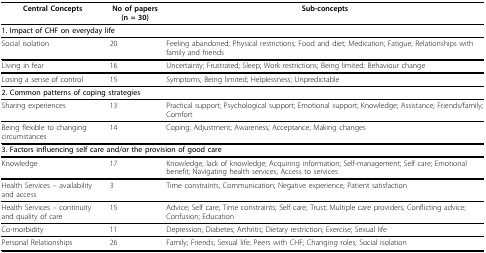
| Central Concepts | No of papers (n = 30) | Sub-concepts |
 | --- | --- | --- |
 | <COLSPAN=3> 1. Impact of CHF on everyday life |
 | Social isolation | 20 | Feeling abandoned; Physical restrictions; Food and diet; Medication; Fatigue; Relationships with family and friends |
 | Living in fear | 16 | Uncertainty; Frustrated; Sleep; Work restrictions; Being limited; Behaviour change |
 | Losing a sense of control | 15 | Symptoms; Being limited; Helplessness; Unpredictable |
 | <COLSPAN=3> 2. Common patterns of coping strategies |
 | Sharing experiences | 13 | Practical support; Psychological support; Emotional support; Knowledge; Assistance; Friends/family; Comfort |
 | Being flexible to changing circumstances | 14 | Coping; Adjustment; Awareness; Acceptance; Making changes |
 | <COLSPAN=3> 3. Factors influencing self care and/or the provision of good care |
 | Knowledge | 17 | Knowledge; lack of knowledge; Acquiring information; Self-management; Self care; Emotional benefit; Navigating health services; Access to services |
 | Health Services -- availability and access | 3 | Time constraints; Communication; Negative experience; Patient satisfaction |
 | Health Services -- continuity and quality of care | 15 | Advice; Self care; Time constraints; Self care; Trust; Multiple care providers; Conflicting advice; Confusion; Education |
 | Co-morbidity | 11 | Depression; Diabetes; Arthritis; Dietary restriction; Exercise; Sexual life |
 | Personal Relationships | 26 | Family; Friends; Sexual life; Peers with CHF; Changing roles; Social isolation |